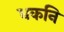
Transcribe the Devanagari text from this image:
धकनि